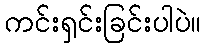
ကင်းရှင်းခြင်းပါပဲ။